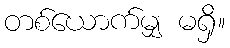
တစ်ယောက်မျှ မရှိ။